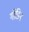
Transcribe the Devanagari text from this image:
गॉडिन